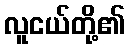
လူငယ်တို့၏